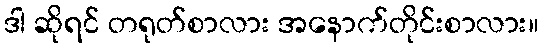
ဒါ ဆိုရင် တရုတ်စာလား အနောက်တိုင်းစာလား။